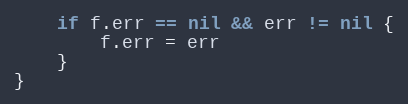
Language: Go
	if f.err == nil && err != nil {
		f.err = err
	}
}